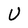
Character: U